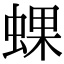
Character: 蜾